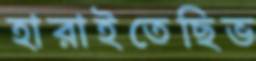
হারাইতেছিভ